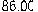
86.00